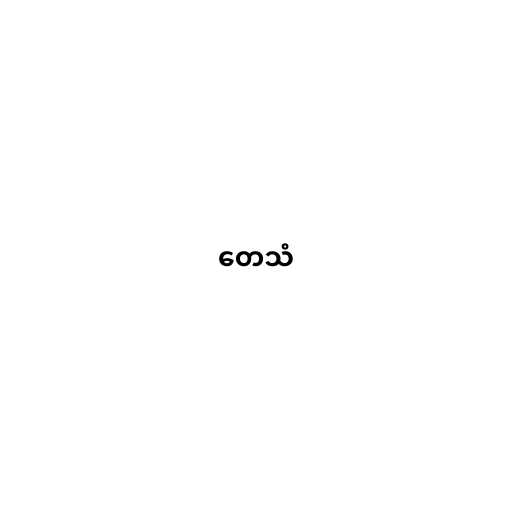
တေသံ